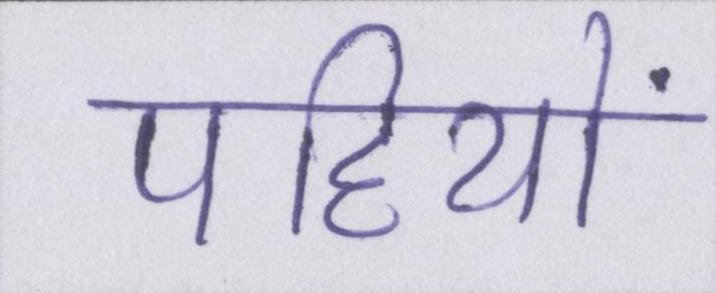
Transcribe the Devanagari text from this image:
पहियों